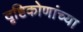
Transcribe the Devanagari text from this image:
दृष्टिकोणांच्या